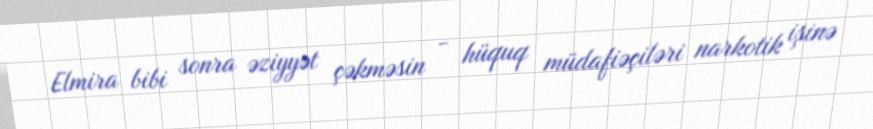
Elmira bibi sonra əziyyət çəkməsin - hüquq müdafiəçiləri narkotik işinə